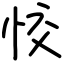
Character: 恔